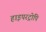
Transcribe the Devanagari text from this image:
हाइपरट्रोपि